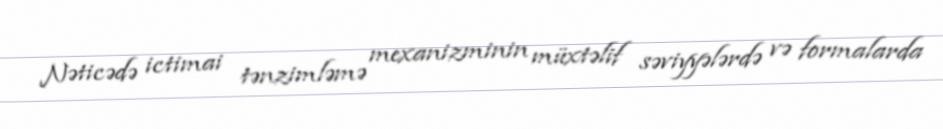
Nəticədə ictimai tənzimləmə mexanizminin müxtəlif səviyyələrdə və formalarda